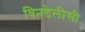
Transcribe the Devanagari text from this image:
विनडेलीसी